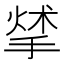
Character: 𢰣